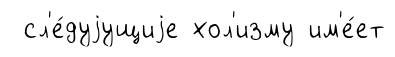
сл'е́дуjущиjе хол'изму им'е́ет